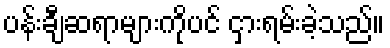
ပန်းချီဆရာများကိုပင် ငှားရမ်းခဲ့သည်။